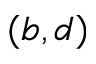
( b , d )